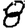
Digit: 8